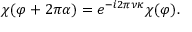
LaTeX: \chi ( \varphi + 2 \pi \alpha ) = e ^ { - i 2 \pi \nu \kappa } \chi ( \varphi ) .